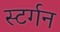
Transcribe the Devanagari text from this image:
स्टर्गन